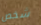
شخص